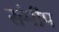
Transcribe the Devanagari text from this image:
संमीप